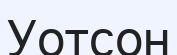
Уотсон